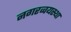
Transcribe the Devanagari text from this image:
नगरव्वयस्था